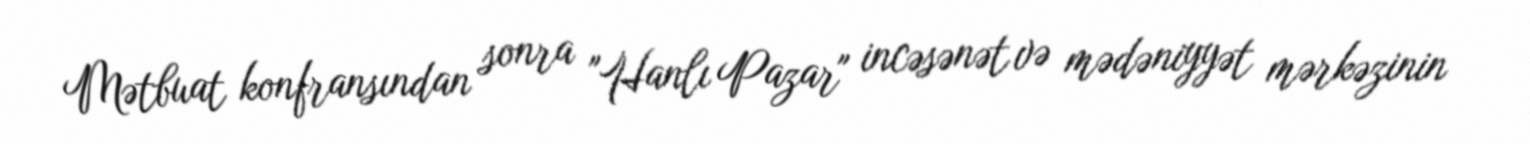
Mətbuat konfransından sonra "Hanlı Pazar" incəsənət və mədəniyyət mərkəzinin